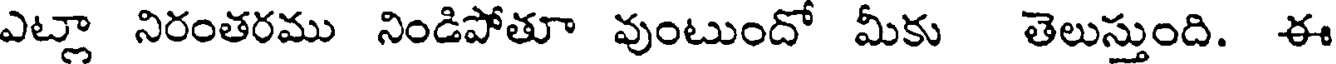
ఎట్లా నిరంతరము నిండిపోతూ వుంటుందో మీకు తెలుస్తుంది. ఈ